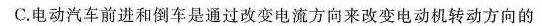
C.电动汽车前进和倒车是通过改变电流方向来改变电动机转动方向的